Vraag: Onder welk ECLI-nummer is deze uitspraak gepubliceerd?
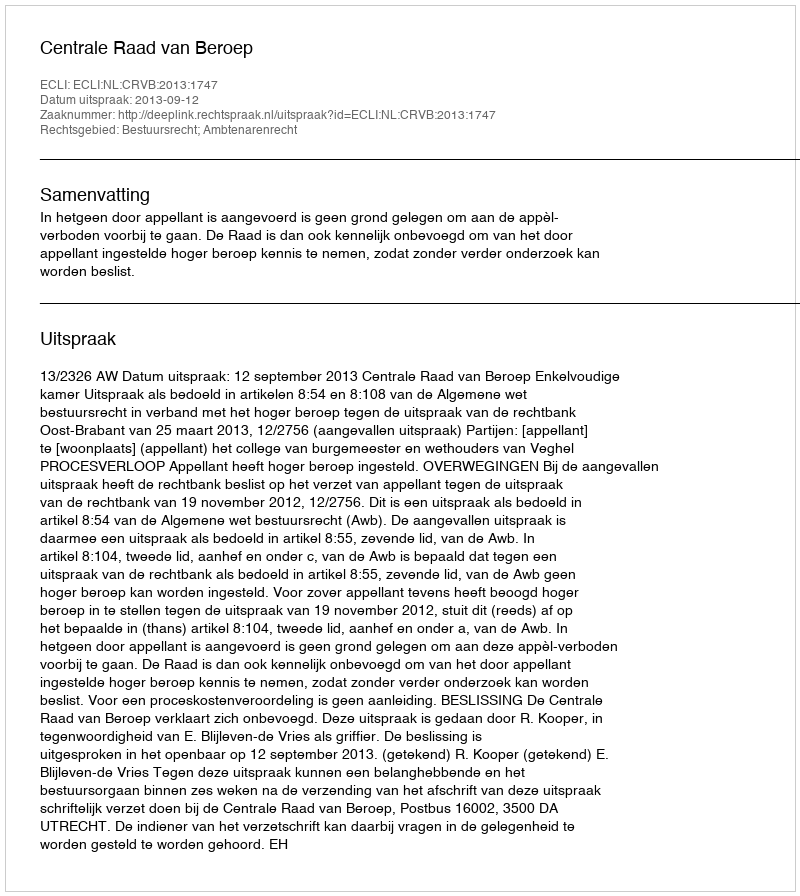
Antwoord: ECLI:NL:CRVB:2013:1747